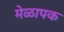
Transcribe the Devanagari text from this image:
मेळापक